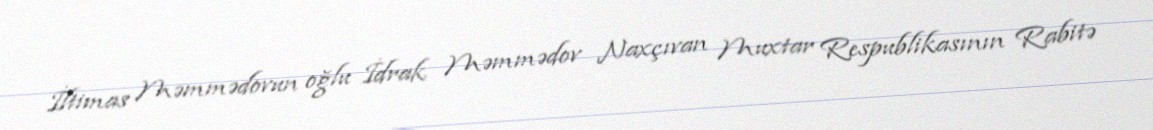
İltimas Məmmədovun oğlu İdrak Məmmədov Naxçıvan Muxtar Respublikasının Rabitə